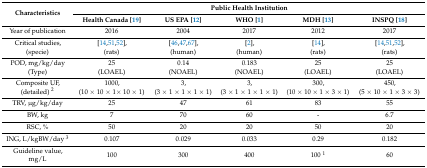
| <ROWSPAN=2> Characteristics | <COLSPAN=5> Public Health Institution |
 | Health Canada [19] | US EPA [12] | WHO [1] | MDH [13] | INSPQ [18] |
 | --- | --- | --- | --- | --- | --- |
 | Year of publication | 2016 | 2004 | 2017 | 2012 | 2017 |
 | Critical studies, (specie) | [14,51,52], (rats) | [46,47,67], (human) | [2], (human) | [14], (rats) | [14,51,52], (rats) |
 | POD, mg/kg/day (Type) | 25 (LOAEL) | 0.14 (NOAEL) | 0.183 (NOAEL) | 25 (LOAEL) | 25 (LOAEL) |
 | Composite UF, (detailed) 2 | 1000, (10 × 10 × 1× 10 × 1) | 3, (3 × 1 × 1 × 1 × 1) | 3, (3 × 1 × 1 × 1 × 1) | 300, (10 × 10 × 1 × 3 × 1) | 450, (5 × 10 × 1 × 3 × 3) |
 | TRV, μg/kg/day | 25 | 47 | 61 | 83 | 55 |
 | BW, kg | 7 | 70 | 60 | - | 6.7 |
 | RSC, % | 50 | 20 | 20 | 50 | 20 |
 | ING, L/kgBW/day 3 | 0.107 | 0.029 | 0.033 | 0.29 | 0.182 |
 | Guideline value, mg/L | 100 | 300 | 400 | 100 1 | 60 |